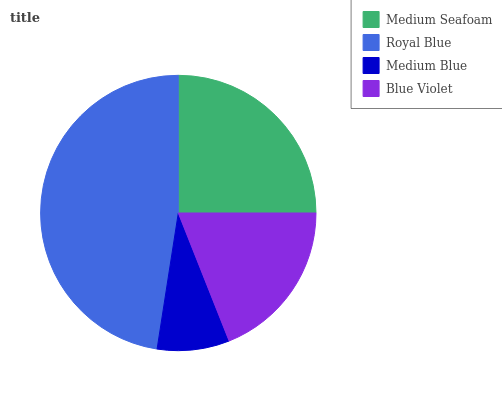
| Medium Seafoam | Royal Blue | Medium Blue | Blue Violet |
 | --- | --- | --- | --- |
 | 25% | 47.6% | 8.47% | 18.9% |